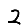
Digit: 2